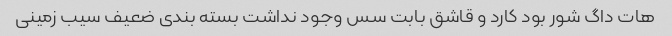
هات داگ شور بود کارد و قاشق بابت سس وجود نداشت بسته بندی ضعیف سیب زمینی